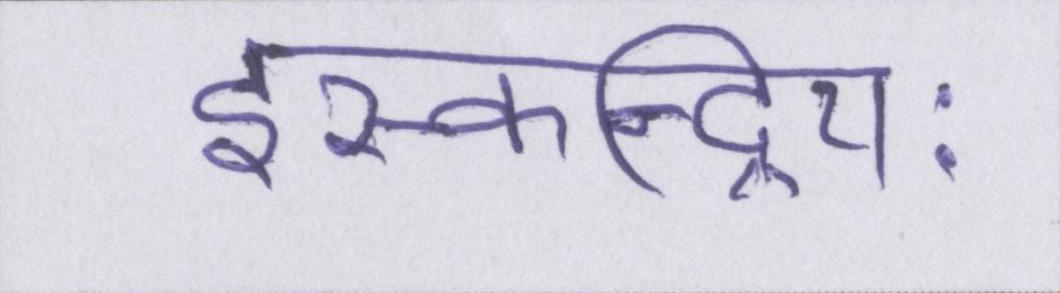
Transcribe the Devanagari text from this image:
इस्कन्द्रियः